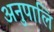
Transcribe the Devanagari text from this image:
अनुपालि